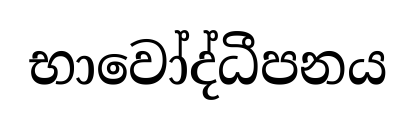
භාවෝද්ධීපනය